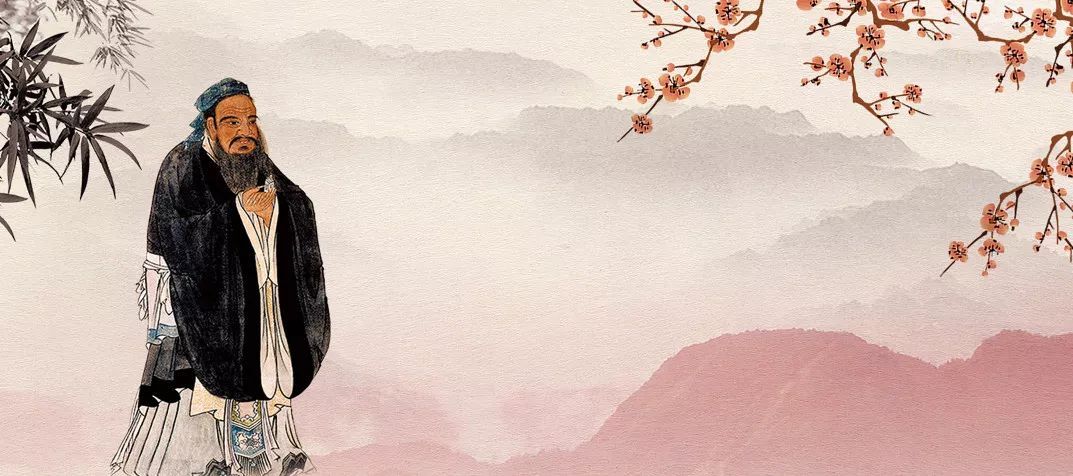
是以动则必陷，为则必辱，是偏伤之患也。